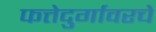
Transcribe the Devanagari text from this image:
फत्तेदुर्गावरचे